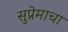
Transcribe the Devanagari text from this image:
सुप्रेमाचा